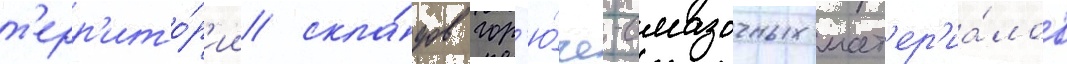
т'ерр'ито́р'ии скла́дов гор'ю́че-смазочных мат'ер'иа́лов